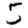
Digit: 5